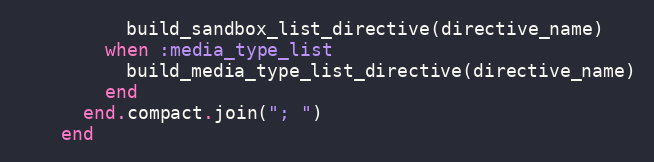
Language: Ruby
          build_sandbox_list_directive(directive_name)
        when :media_type_list
          build_media_type_list_directive(directive_name)
        end
      end.compact.join("; ")
    end